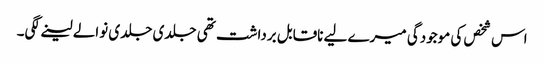
اس شخص کی موجودگی میرے لیے ناقابل برداشت تھی جلدی جلدی نوالے لینے لگی۔